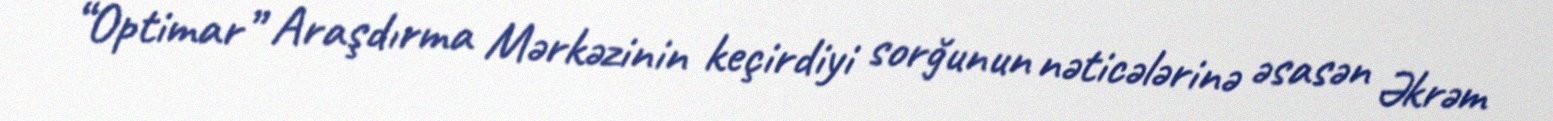
“Optimar” Araşdırma Mərkəzinin keçirdiyi sorğunun nəticələrinə əsasən Əkrəm